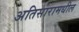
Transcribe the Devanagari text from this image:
अतिसारामधील